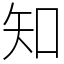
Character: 知